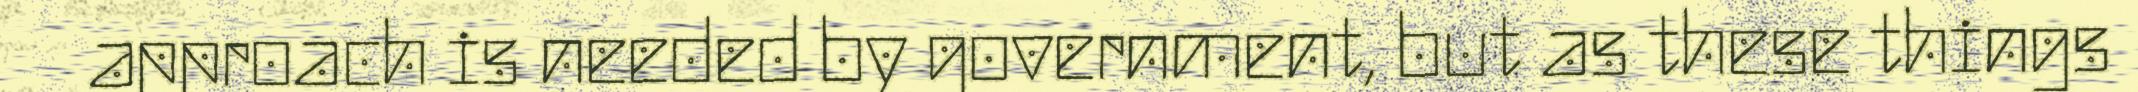
approach is needed by government, but as these things